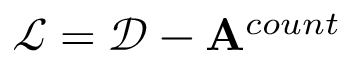
\mathcal { L } = \mathcal { D } - \mathbf { A } ^ { c o u n t }